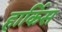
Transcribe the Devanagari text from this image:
हार्किस